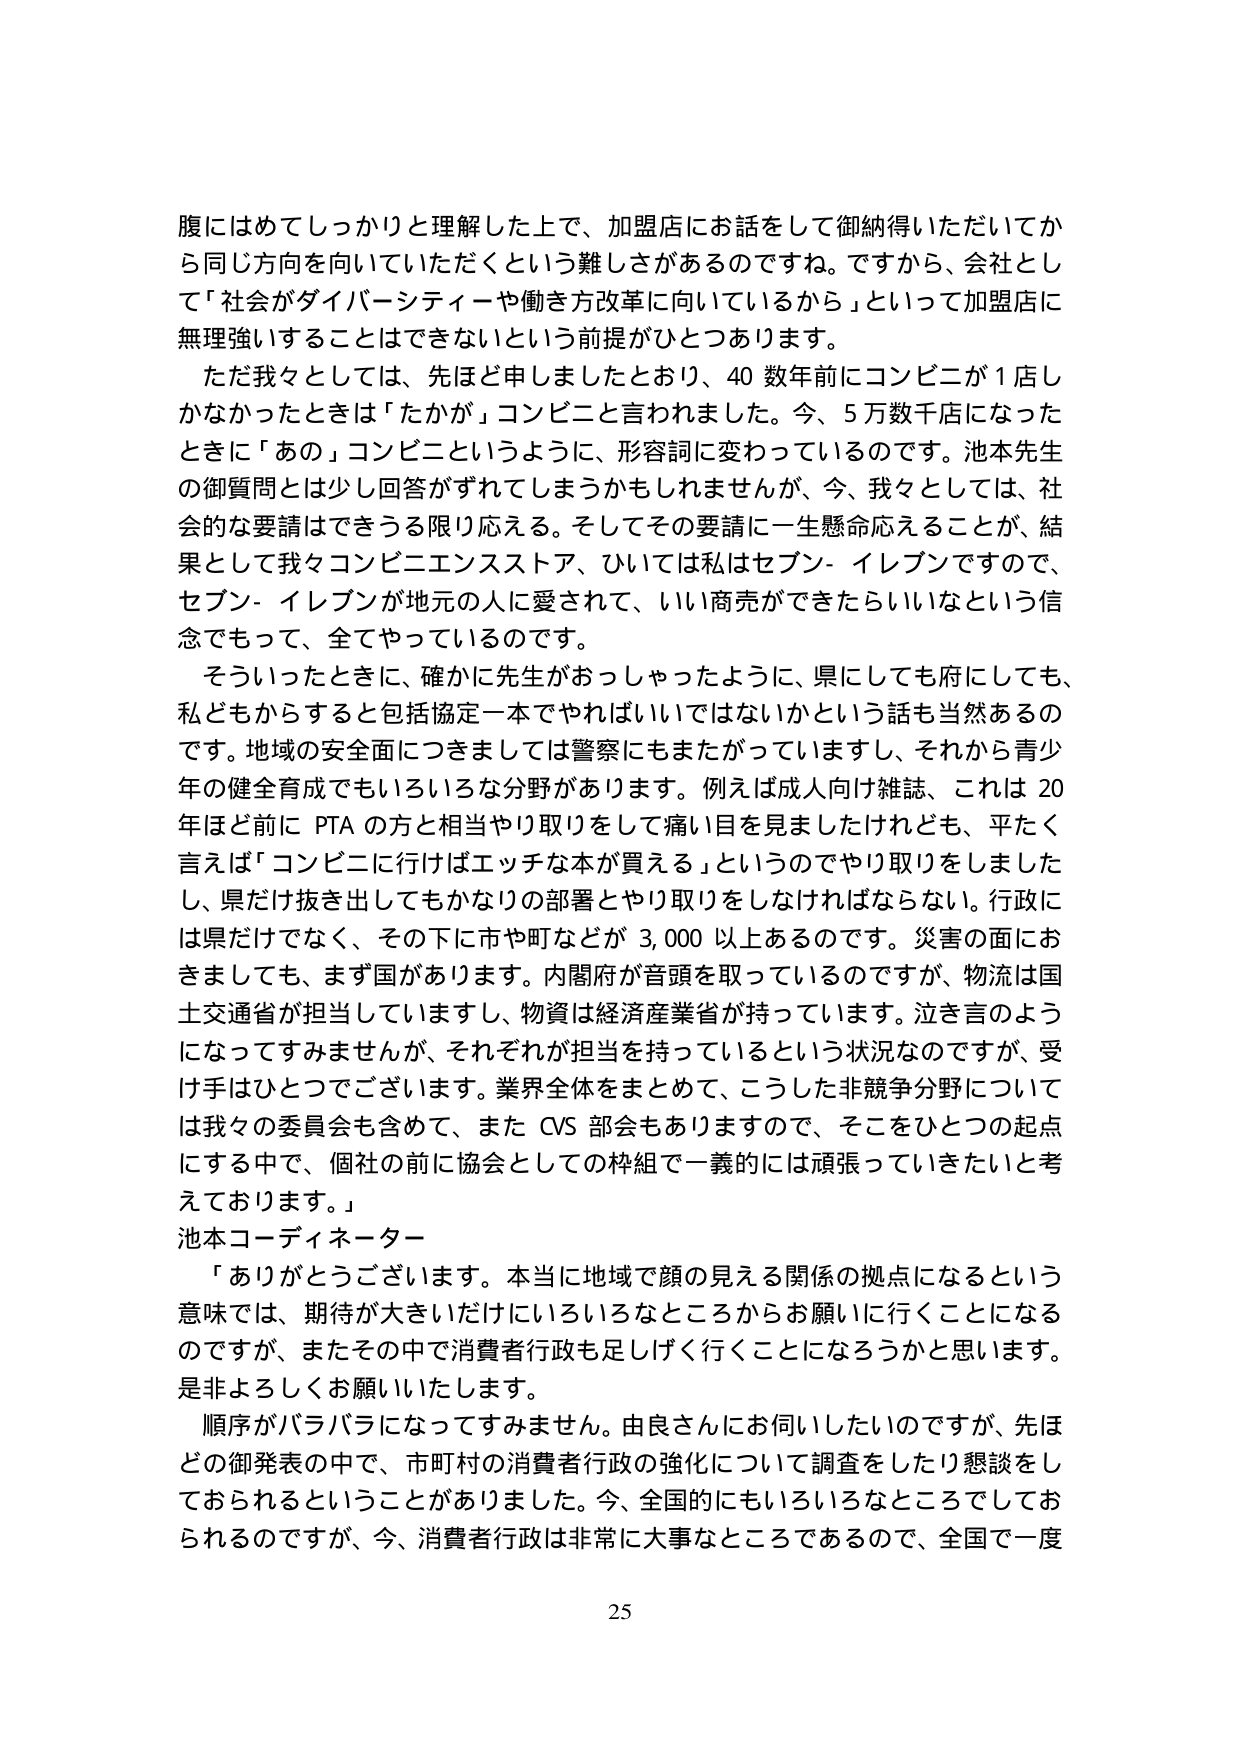
腹にはめてしっかりと理解した上で、加盟店にお話をして御納得いただいてから同じ方向を向いていただくという難しさがあるのですね。ですから、会社として「社会がダイバーシティーや働き方改革に向いているから」というて加盟店に無理強いすることはできないという前提がひとつあります。

ただ我々としては、先ほど申しましたとおり、40数年前にコンビニが1店しかなかったときは「たかが」コンビニと言われました。今、5万数千店になったときに「あの」コンビニというように、形容詞に変わっているのです。池本先生の御質問とは少し回答がずれてしまうかもしれませんが、今、我々としては、社会的な要請はできる限り応える。そしてその要請に一生懸命応えることが、結果として我々コンビニエンスストア、ひいては私はセブン-イレブンですので、セブン-イレブンが地元の人に愛されて、いい商売ができたらいいなという信念でもって、全てやっているのです。

そういったときに、確かに先生がおっしゃったように、県にしても府にしても、私どもからすると包括協定一本でやればいいではないかという話も当然あるのです。地域の安全面につきましては警察にもまたがっていますし、それから青少年の健全育成でもいろいろな分野があります。例えば成人向け雑誌、これは20年ほど前にPTAの方と相当やり取りをして痛い目を見ましたけれども、平たく言えば「コンビニに行けばエッチな本が買える」というのでやり取りをしましたし、県だけ抜き出してもかなりの部署とやり取りをしなければならない。行政には県だけでなく、その下に市や町などが3,000以上あるのです。災害の面におきましても、まず国があります。内閣府が音頭を取っているのですが、物流は国土交通省が担当していますし、物資は経済産業省が持っています。泣き言のようになってすみませんが、それぞれが担当を持っているという状況なのですが、受け手はひとつでございます。業界全体をまとめて、こうした非競争分野については我々の委員会も含めて、またCVS部会もありますので、そこをひとつの起点にする中で、個社の前に協会としての枠組で一義的には頑張っていきたいと考えております。」

池本コーディネーター

「ありがとうございます。本当に地域で顔の見える関係の拠点になるという意味では、期待が大きいだけにいろいろなところからお願いに行くことになるのですが、またその中で消費者行政も足しげく行くことになるろうかと思います。是非よろしくお願いいたします。

順序がバラバラになってすみません。由良さんにお伺いしたいのですが、先ほどの御発表の中で、市町村の消費者行政の強化について調査をしたり懇談をしておられるということがありました。今、全国的にもいろいろなところでしておられるのですが、今、消費者行政は非常に大事なところであるので、全国で一度

25